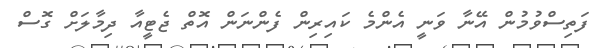
ފަތިސްވުމުން އޭނާ ވަނީ އެންމެ ކައިރިން ފެންނަން އޮތް ޖެޓީއާ ދިމާލަށް ގޮސް